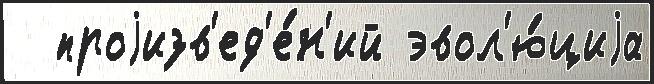
  проjизв'ед'е́н'ий эвол'ю́циjа